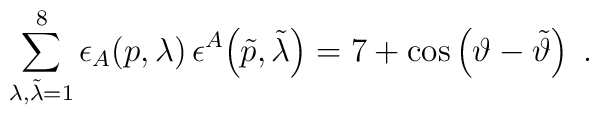
\sum_{\lambda,\tilde{\lambda}=1}^8               \epsilon_A \!\left(p,\lambda\right)              \epsilon^A \!\left(\tilde{p},\tilde{\lambda}\right)            = 7 + \cos\left( \vartheta - \tilde{\vartheta} \right)                                 \; .